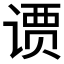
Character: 𫟢